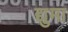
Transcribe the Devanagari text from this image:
द्युमा